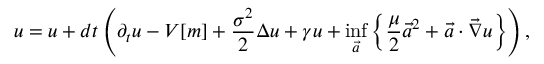
u = u + d t \left( \partial _ { t } u - V [ m ] + \frac { \sigma ^ { 2 } } { 2 } \Delta { u } + \gamma u + \operatorname* { i n f } _ { \vec { a } } \left\{ \frac { \mu } { 2 } \vec { a } ^ { 2 } + \vec { a } \cdot \vec { \nabla } { u } \right\} \right) ,